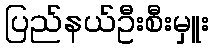
ပြည်နယ်ဦးစီးမှူး